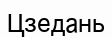
Цзедань